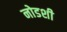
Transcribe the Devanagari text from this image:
नोडशी